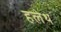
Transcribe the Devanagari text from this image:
हलेथ